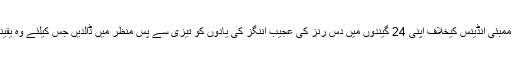
گیل بے چین ہوں گے کہ گزشتہ میچ میں ممبئی انڈینس کیخلاف اپنی 24 گیندوں میں دس رنز کی عجیب اننگز کی یادوں کو تیزی سے پس منظر میں ڈالدیں جس کیلئے وہ یقینا جارحانہ رویہ کی راہ اختیار کریں گے ۔